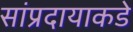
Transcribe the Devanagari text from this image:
सांप्रदायाकडे